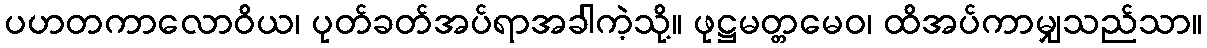
ပဟတကာလောဝိယ၊ ပုတ်ခတ်အပ်ရာအခါကဲ့သို့။ ဖုဋ္ဌမတ္တမေဝ၊ ထိအပ်ကာမျှသည်သာ။